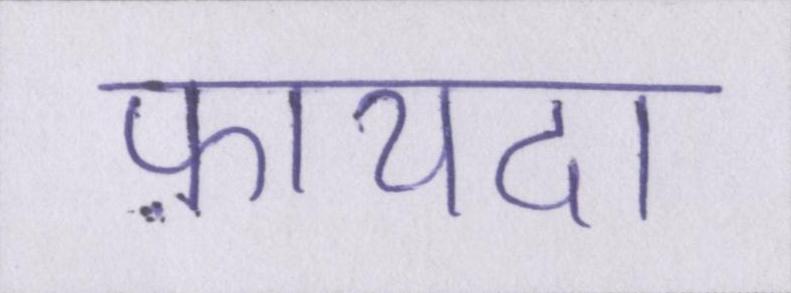
फ़ायदा